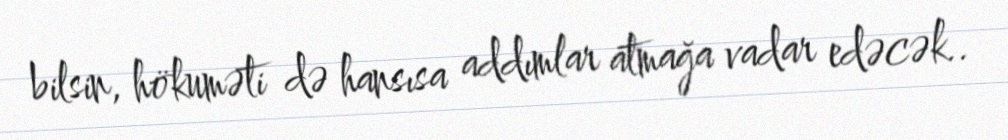
bilsin, hökuməti də hansısa addımlar atmağa vadar edəcək..